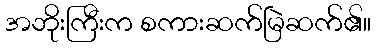
အဘိုးကြီးက စကားဆက်မြဲဆက်၏။